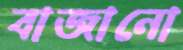
বাজানো